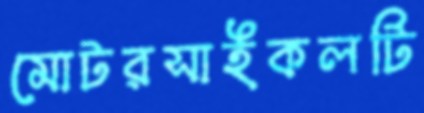
মোটরসাইকলটি